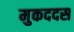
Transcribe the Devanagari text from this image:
मुकददस